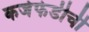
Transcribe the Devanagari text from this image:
कर्जफेडीची